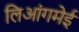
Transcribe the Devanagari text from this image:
लिआंगमेई